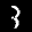
Digit: 3